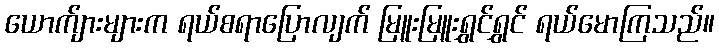
ယောက်ျားများက ရယ်စရာပြောလျက် မြူးမြူးရွှင်ရွှင် ရယ်မောကြသည်။